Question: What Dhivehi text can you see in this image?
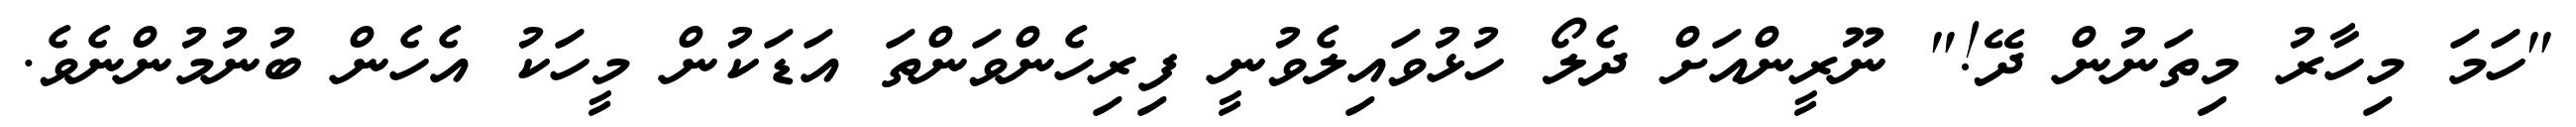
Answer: "ހަމަ މިހާރު މިތަނުން ދޭ!" ނޫރީންއަށް ދެލޯ ހުޅުވައިލެވުނީ ފިރިހެންވަންތަ އަޑަކުން މީހަކު އެހެން ބުނުމުންނެވެ.